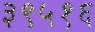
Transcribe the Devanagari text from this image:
३९५१६